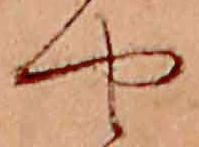
や